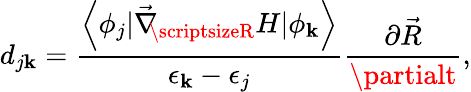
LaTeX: d_{j\mathbf{k}}=\frac{{\left<\phi_{j}|\vec{{\nabla}}_{\! \! \scriptsizeR}H|\phi_{\mathbf{k}}\right>}}{{\epsilon_{\mathbf{k}}-\epsilon_{j}}}\frac{{\partial\vec{{R}}}}{{\partialt}},